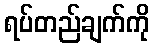
ရပ်တည်ချက်ကို